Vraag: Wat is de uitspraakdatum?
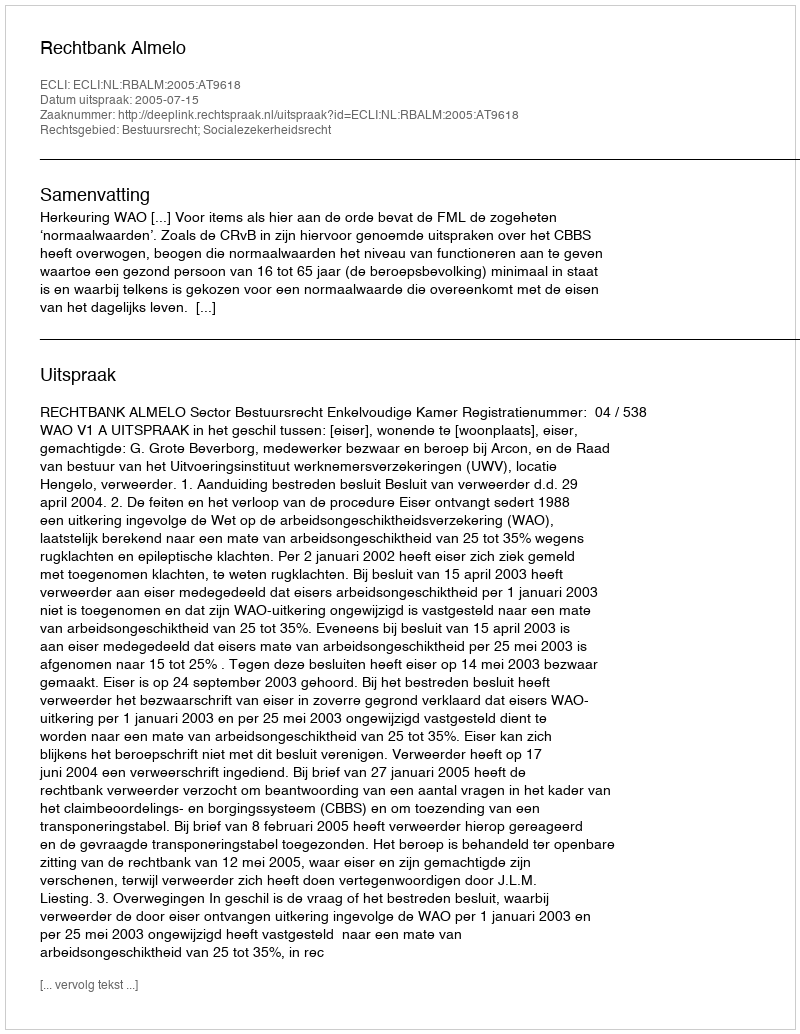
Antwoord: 2005-07-15